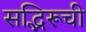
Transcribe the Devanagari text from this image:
सद्भिरूची